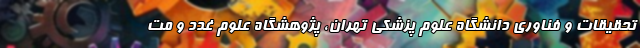
تحقیقات و فناوری دانشگاه علوم پزشکی تهران، پژوهشگاه علوم غدد و مت